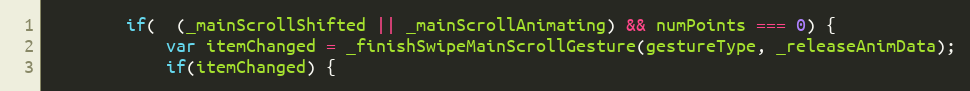
Language: JavaScript
		if(  (_mainScrollShifted || _mainScrollAnimating) && numPoints === 0) {
			var itemChanged = _finishSwipeMainScrollGesture(gestureType, _releaseAnimData);
			if(itemChanged) {